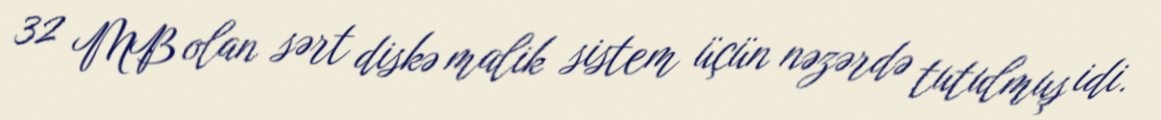
32 MB olan sərt diskə malik sistem üçün nəzərdə tutulmuş idi.